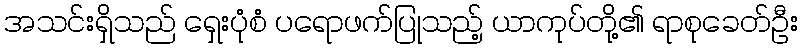
အသင်းရှိသည် ရှေးပုံစံ ပရောဖက်ပြုသည့် ယာကုပ်တို့၏ ရာစုခေတ်ဦး